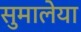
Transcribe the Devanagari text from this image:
सुमालेया